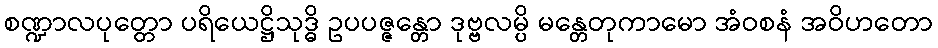
စဏ္ဍာလပုတ္တော ပရိယေဋ္ဌိသုဒ္ဓိ ဥပပဇ္ဇန္တော ဒုဗ္ဗလမ္ပိ မန္တေတုကာမော အံဝစနံ အဝိဟတော